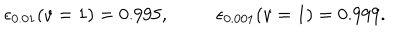
\epsilon _ { 0 . 0 1 } ( v = 1 ) = 0 . 9 9 5 , ~ \epsilon _ { 0 . 0 0 1 } ( v = 1 ) = 0 . 9 9 9 .